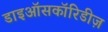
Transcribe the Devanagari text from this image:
डाइऑसकॉरिडीज़